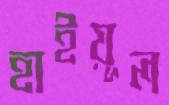
হাইয়ূল